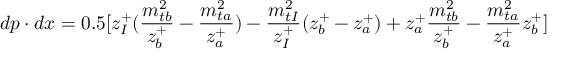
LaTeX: d p \cdot d x = 0 . 5 [ z _ { I } ^ { + } ( \frac { m _ { t b } ^ { 2 } } { z _ { b } ^ { + } } - \frac { m _ { t a } ^ { 2 } } { z _ { a } ^ { + } } ) - \frac { m _ { t I } ^ { 2 } } { z _ { I } ^ { + } } ( z _ { b } ^ { + } - z _ { a } ^ { + } ) + z _ { a } ^ { + } \frac { m _ { t b } ^ { 2 } } { z _ { b } ^ { + } } - \frac { m _ { t a } ^ { 2 } } { z _ { a } ^ { + } } z _ { b } ^ { + } ]